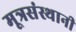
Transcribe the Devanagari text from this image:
मूत्रसंस्थानी